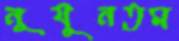
নূযূনতম